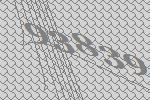
93839